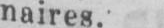
naires.